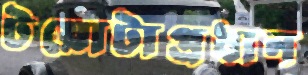
টয়োটাপ্রধান